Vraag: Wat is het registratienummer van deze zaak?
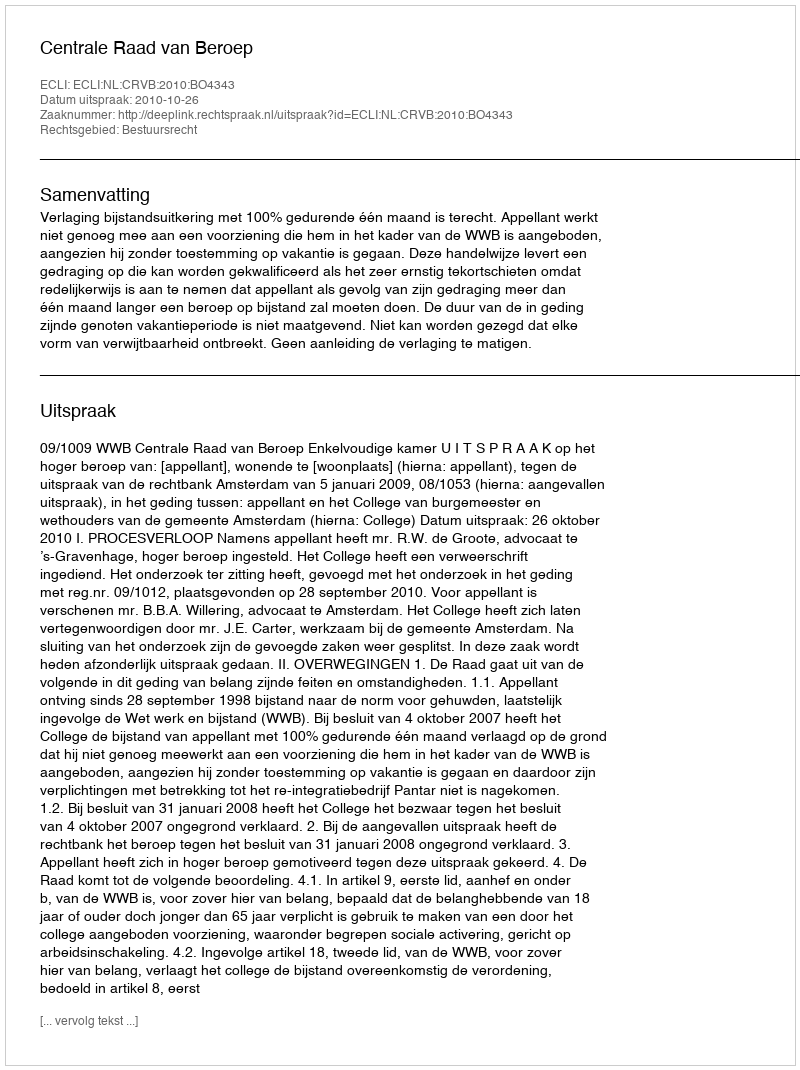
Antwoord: http://deeplink.rechtspraak.nl/uitspraak?id=ECLI:NL:CRVB:2010:BO4343